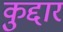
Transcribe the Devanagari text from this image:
कुद्दार